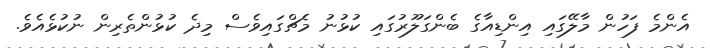
އެންމެ ފަހުން މާލޭގައި އިންޑިއާގެ ބެންގަލޫރުގައި ކުޅުނު މެޗްގައިވެސް މިދެ ކުޅުންތެރިން ނުކުޅެއެވެ.